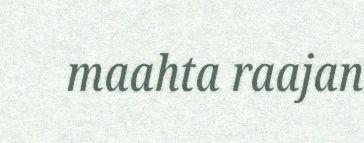
maahta raajan